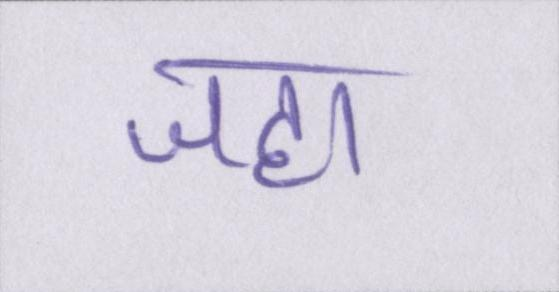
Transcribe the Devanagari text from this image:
जहा